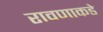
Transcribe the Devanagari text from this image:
रावणाकडे